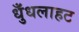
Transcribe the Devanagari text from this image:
धुँधलाहट